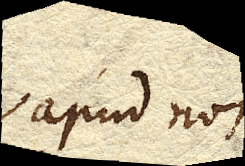
apud nos